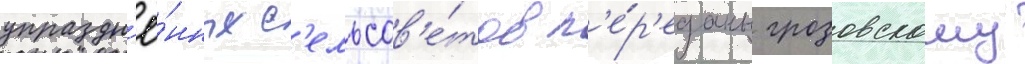
упраздн'ё́нных с'ельсов'е́тов п'е́р'еданы грозовскому